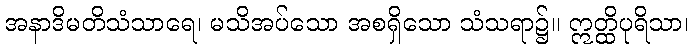
အနာဒိမတိသံသာရေ၊ မသိအပ်သော အစရှိသော သံသရာ၌။ ဣတ္ထိပုရိသာ၊